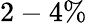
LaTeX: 2-4\%